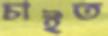
চাইত